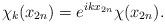
LaTeX: \begin{align*} \chi_k(x_{2n})=e^{ikx_{2n}}\chi(x_{2n}).\end{align*}